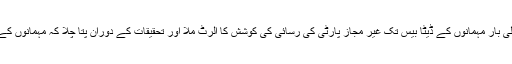
کمپنی کے ایک بیان کے مطابق ستمبر میں پہلی بار مہمانوں کے ڈیٹا بیس تک غیر مجاز پارٹی کی رسائی کی کوشش کا الرٹ ملا اور تحقیقات کے دوران پتا چلا کہ مہمانوں کے ڈیٹا بیس تک رسائی کا آغاز 2014 میں ہوا۔